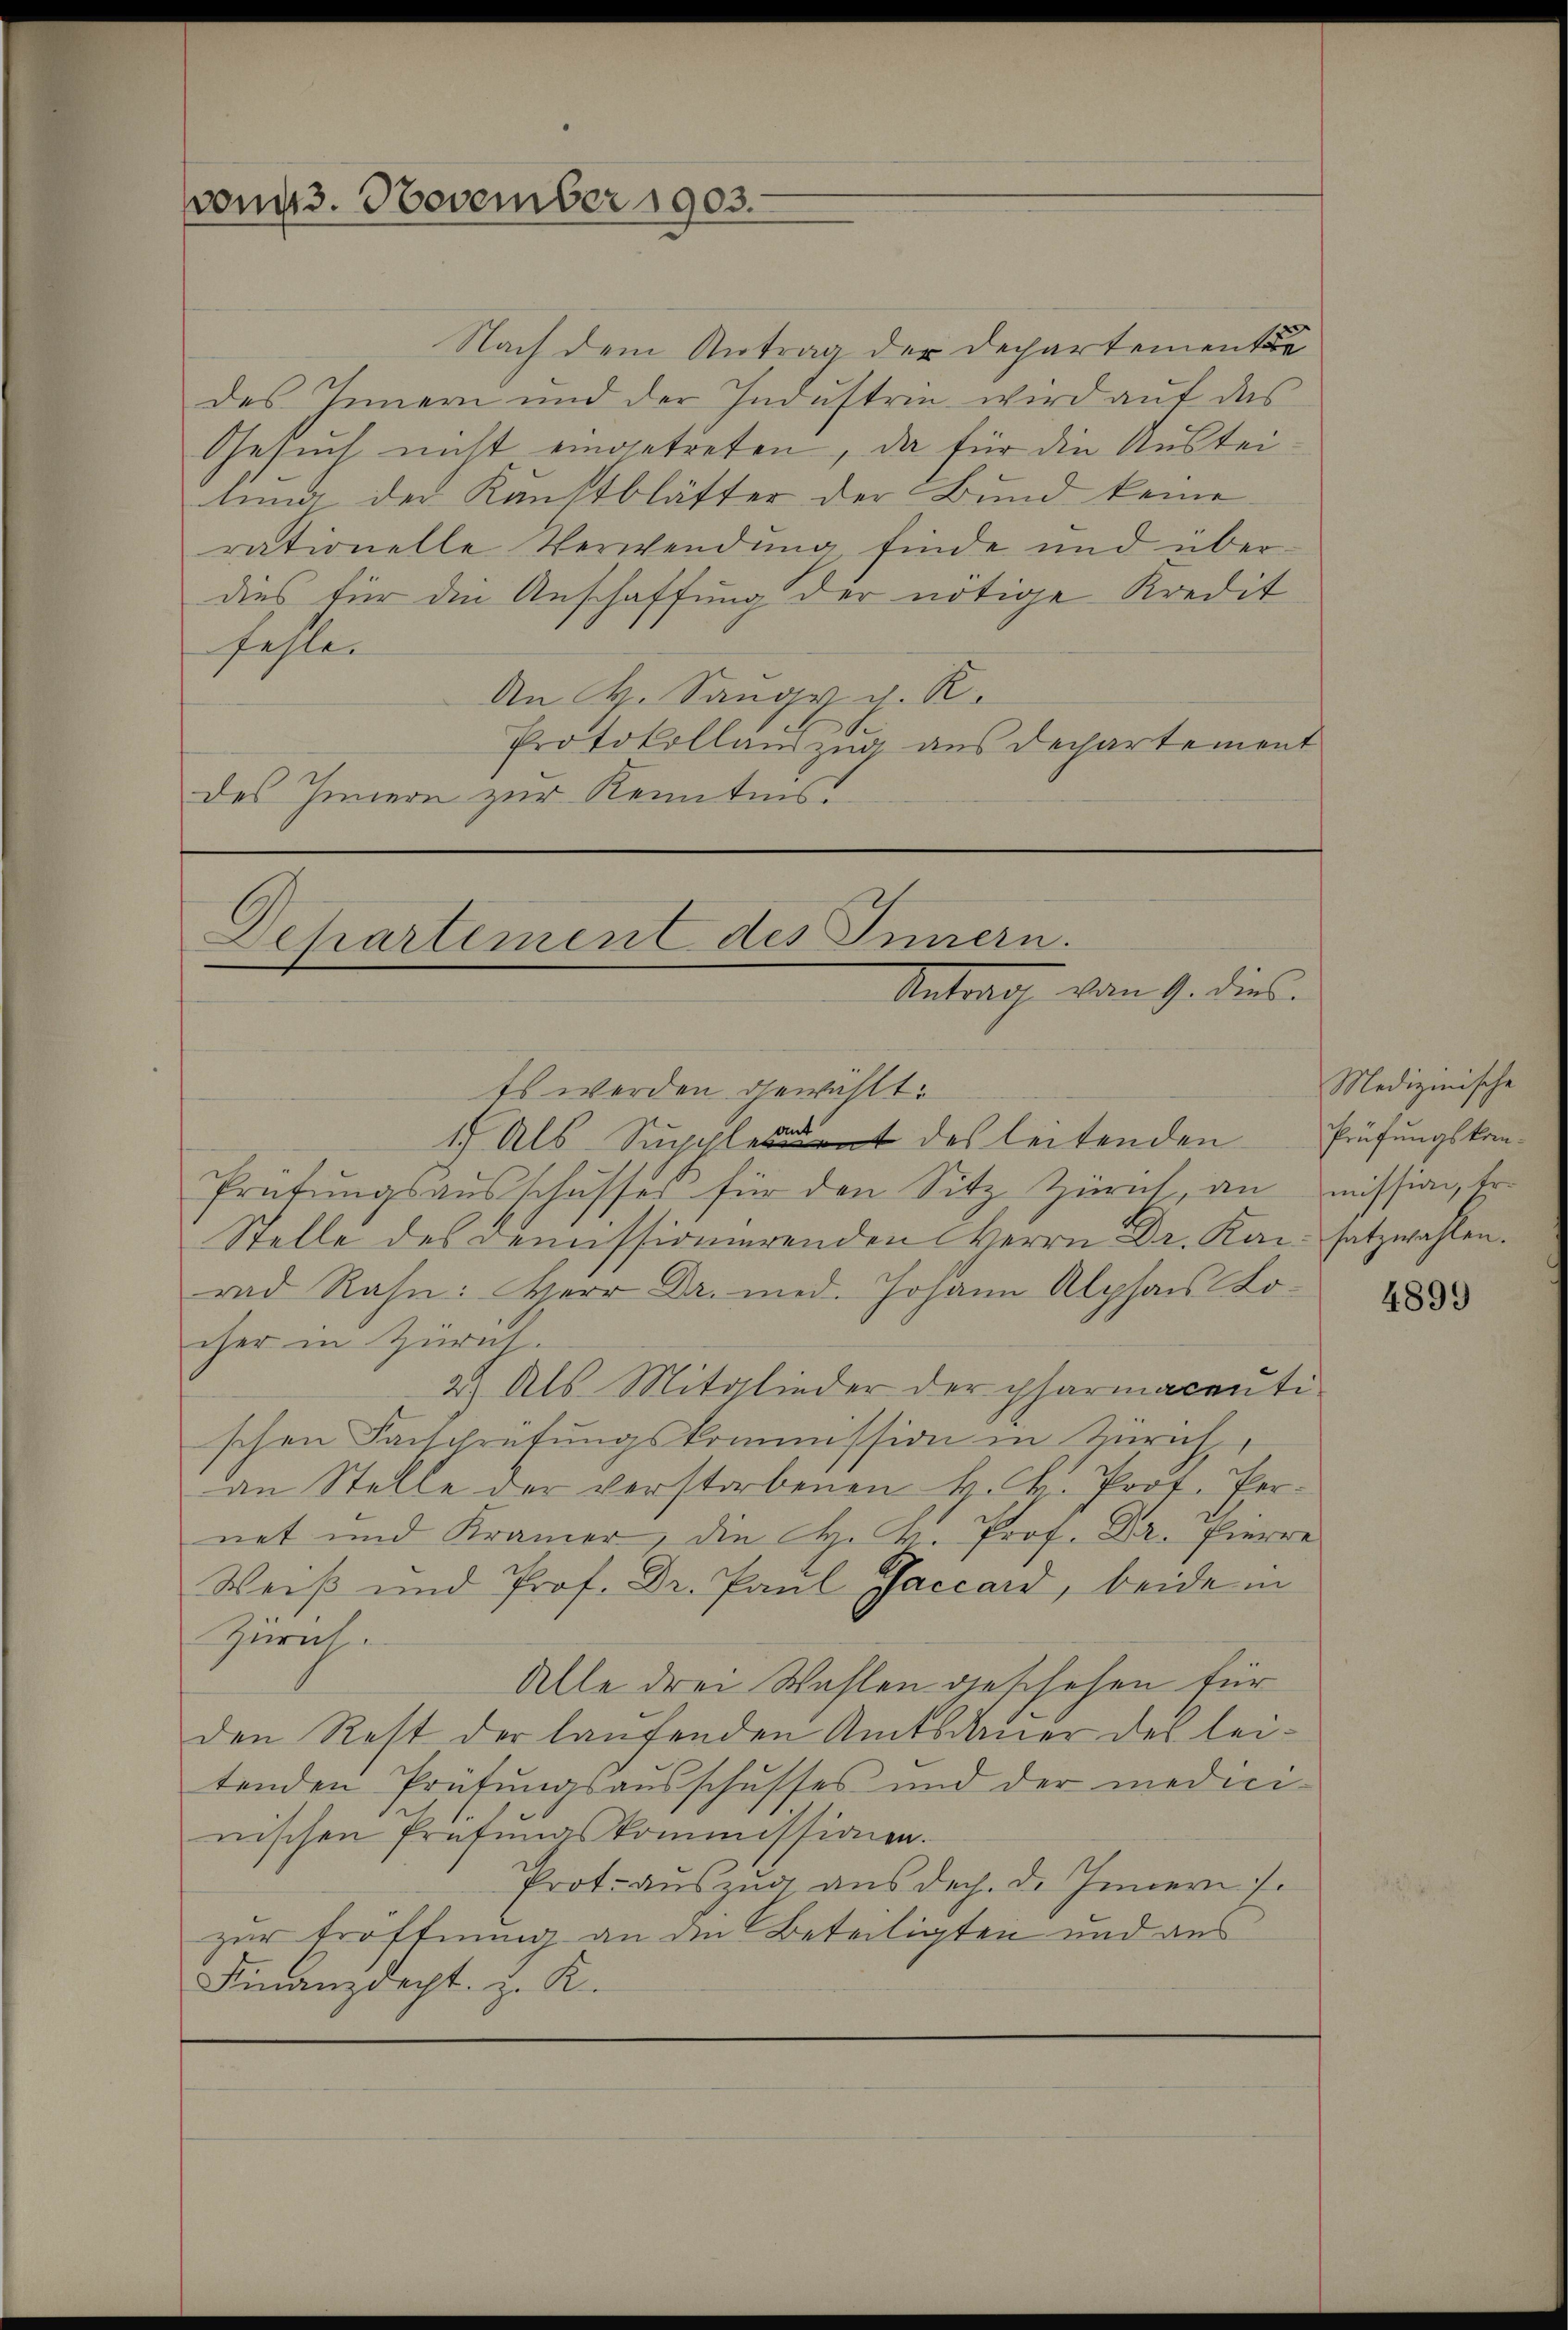
vom 3. November 1903.

Nach dem Antrag der Departemente
des Innern und der Indŭstrie wird aŭf das
Gesuch nicht eingetreten, da für die Austeitung der Kunstblätter der Bund keine
rationelle Verwendung finde und überdies für die Anschaffung der nötige Kredit
fehle.
An H. Saugs d. R.
Protokollandzug aus Dechartement
des Innern zur Kenntnis.

Dchartement des Innern.
Antrag vom 9. dies

ts werden gewählt:
1.) Als Supplement des leitenden
Prütŭngsaŭsschusser für den Sitz Zürich, an mission, tr
Stelle des Demissionierenden Herrn Dr. Kai- satzwahlen.
rad Rahn: Herr Dr. med. Johann Alphons Locher in Zürich.
2.) Als Mitglieder der pharmacentischen Farschrütŭngskommission in Zürich
an Stelle der verstorbenen H. H. Prof. Pernet und Kramer, die H. K. Prof. Dr. Pierre
Weiß und Prof. Dr. Paul Gaccard, beide in
Zürich.
Alle drei Wahlen geschehen für
den Rest der laufenden Amtsdauer des leitenden Prüfungsausschusses und der medicinischen Prüfungskommissionen.
Prot. auszug aus doch. d. Innern s
zur Eröffnung an den Beteiligten und aus
Finanzdacht. J. K.

Medizinische
Prüfungskom-

4899